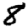
Digit: 8